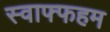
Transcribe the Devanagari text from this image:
स्वाफ्फहम